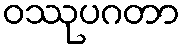
ဝဿုပဂတာ